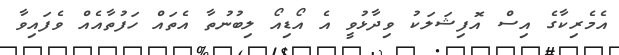
އެމެރިކާގެ އިސް އޮފިޝަލަކު ވިދާޅުވީ އެ އޯޑިއޯ ލިބުނުތާ އެތައް ހަފުތާއެއް ވެފައިވާ